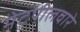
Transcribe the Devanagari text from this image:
मेटपीलवारे